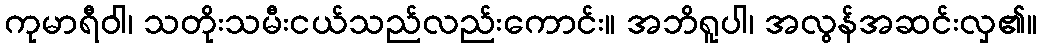
ကုမာရီဝါ၊ သတိုးသမီးငယ်သည်လည်းကောင်း။ အဘိရူပါ၊ အလွန်အဆင်းလှ၏။